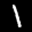
Label: 1